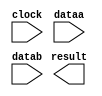
// megafunction wizard: %ALTFP_MULT%VBB%
// GENERATION: STANDARD
// VERSION: WM1.0
// MODULE: ALTFP_MULT 

// ============================================================
// Megafunction Name(s):
// 			ALTFP_MULT
//
// Simulation Library Files(s):
// 			lpm
// ============================================================
// ************************************************************
// THIS IS A WIZARD-GENERATED FILE. DO NOT EDIT THIS FILE!
//
// 17.0.0 Build 595 04/25/2017 SJ Lite Edition
// ************************************************************

//Copyright (C) 2017  Intel Corporation. All rights reserved.
//Your use of Intel Corporation's design tools, logic functions 
//and other software and tools, and its AMPP partner logic 
//functions, and any output files from any of the foregoing 
//(including device programming or simulation files), and any 
//associated documentation or information are expressly subject 
//to the terms and conditions of the Intel Program License 
//Subscription Agreement, the Intel Quartus Prime License Agreement,
//the Intel MegaCore Function License Agreement, or other 
//applicable license agreement, including, without limitation, 
//that your use is for the sole purpose of programming logic 
//devices manufactured by Intel and sold by Intel or its 
//authorized distributors.  Please refer to the applicable 
//agreement for further details.

module float_multi (
	clock,
	dataa,
	datab,
	result)/* synthesis synthesis_clearbox = 1 */;

	input	  clock;
	input	[31:0]  dataa;
	input	[31:0]  datab;
	output	[31:0]  result;

endmodule

// ============================================================
// CNX file retrieval info
// ============================================================
// Retrieval info: LIBRARY: altera_mf altera_mf.altera_mf_components.all
// Retrieval info: PRIVATE: FPM_FORMAT STRING "Single"
// Retrieval info: PRIVATE: INTENDED_DEVICE_FAMILY STRING "Cyclone V"
// Retrieval info: CONSTANT: DEDICATED_MULTIPLIER_CIRCUITRY STRING "YES"
// Retrieval info: CONSTANT: DENORMAL_SUPPORT STRING "NO"
// Retrieval info: CONSTANT: EXCEPTION_HANDLING STRING "NO"
// Retrieval info: CONSTANT: INTENDED_DEVICE_FAMILY STRING "UNUSED"
// Retrieval info: CONSTANT: LPM_HINT STRING "UNUSED"
// Retrieval info: CONSTANT: LPM_TYPE STRING "altfp_mult"
// Retrieval info: CONSTANT: PIPELINE NUMERIC "5"
// Retrieval info: CONSTANT: REDUCED_FUNCTIONALITY STRING "NO"
// Retrieval info: CONSTANT: ROUNDING STRING "TO_NEAREST"
// Retrieval info: CONSTANT: WIDTH_EXP NUMERIC "8"
// Retrieval info: CONSTANT: WIDTH_MAN NUMERIC "23"
// Retrieval info: USED_PORT: clock 0 0 0 0 INPUT NODEFVAL "clock"
// Retrieval info: CONNECT: @clock 0 0 0 0 clock 0 0 0 0
// Retrieval info: USED_PORT: dataa 0 0 32 0 INPUT NODEFVAL "dataa[31..0]"
// Retrieval info: CONNECT: @dataa 0 0 32 0 dataa 0 0 32 0
// Retrieval info: USED_PORT: datab 0 0 32 0 INPUT NODEFVAL "datab[31..0]"
// Retrieval info: CONNECT: @datab 0 0 32 0 datab 0 0 32 0
// Retrieval info: USED_PORT: result 0 0 32 0 OUTPUT NODEFVAL "result[31..0]"
// Retrieval info: CONNECT: result 0 0 32 0 @result 0 0 32 0
// Retrieval info: GEN_FILE: TYPE_NORMAL float_multi.v TRUE FALSE
// Retrieval info: GEN_FILE: TYPE_NORMAL float_multi.qip TRUE FALSE
// Retrieval info: GEN_FILE: TYPE_NORMAL float_multi.bsf TRUE TRUE
// Retrieval info: GEN_FILE: TYPE_NORMAL float_multi_inst.v TRUE TRUE
// Retrieval info: GEN_FILE: TYPE_NORMAL float_multi_bb.v TRUE TRUE
// Retrieval info: GEN_FILE: TYPE_NORMAL float_multi.inc TRUE TRUE
// Retrieval info: GEN_FILE: TYPE_NORMAL float_multi.cmp TRUE TRUE
// Retrieval info: LIB_FILE: lpm